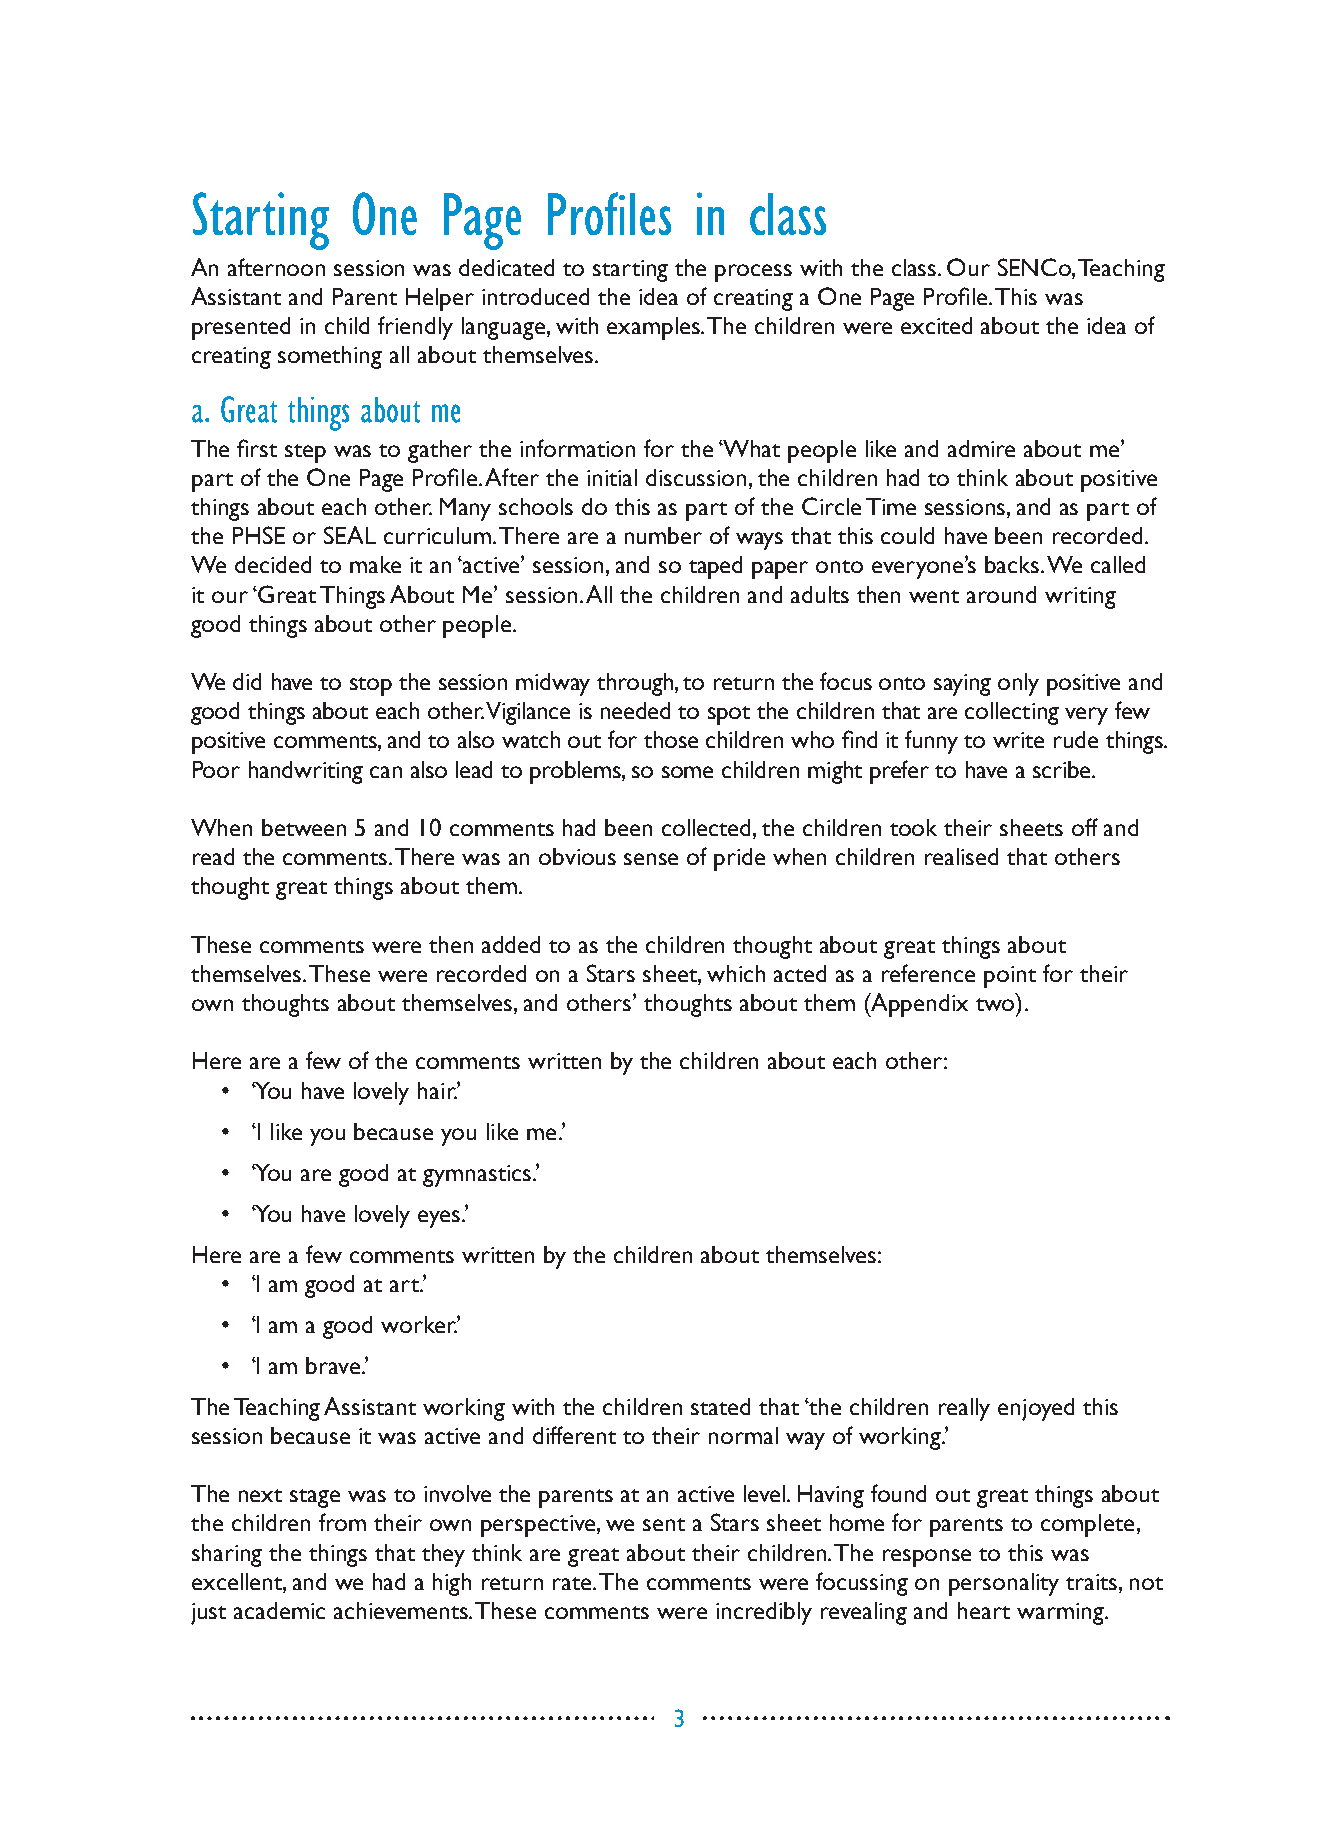
Starting  One   Page   Profiles  in  class
 An afternoon session was dedicated to starting the process with the class. Our SENCo, Teaching
 Assistant and Parent Helper introduced the idea of creating a One Page Profile. This was
 presented in child friendly language, with examples. The children were excited about the idea of
 creating something all about themselves.
 a. Great things about me
 The first step was to gather the information for the ‘What people like and admire about me’
 part of the One Page Profile. After the initial discussion, the children had to think about positive
 things about each other. Many schools do this as part of the Circle Time sessions, and as part of
 the PHSE or SEAL curriculum. There are a number of ways that this could have been recorded.
 We decided to make it an ‘active’ session, and so taped paper onto everyone’s backs. We called
 it our ‘Great Things About Me’ session. All the children and adults then went around writing
 good things about other people.
 We did have to stop the session midway through, to return the focus onto saying only positive and
 good things about each other. Vigilance is needed to spot the children that are collecting very few
 positive comments, and to also watch out for those children who find it funny to write rude things.
 Poor handwriting can also lead to problems, so some children might prefer to have a scribe.
 When between 5 and 10 comments had been collected, the children took their sheets off and
 read the comments. There was an obvious sense of pride when children realised that others
 thought great things about them.
 These comments were then added to as the children thought about great things about
 themselves. These were recorded on a Stars sheet, which acted as a reference point for their
 own thoughts about themselves, and others’ thoughts about them (Appendix two).
 Here are a few of the comments written by the children about each other:
 • ‘You have lovely hair.’
 • ‘I like you because you like me.’
 • ‘You are good at gymnastics.’
 • ‘You have lovely eyes.’
 Here are a few comments written by the children about themselves:
 • ‘I am good at art.’
 • ‘I am a good worker.’
 • ‘I am brave.’
 The Teaching Assistant working with the children stated that ‘the children really enjoyed this
 session because it was active and different to their normal way of working.’
 The next stage was to involve the parents at an active level. Having found out great things about
 the children from their own perspective, we sent a Stars sheet home for parents to complete,
 sharing the things that they think are great about their children. The response to this was
 excellent, and we had a high return rate. The comments were focussing on personality traits, not
 just academic achievements. These comments were incredibly revealing and heart warming.
 3